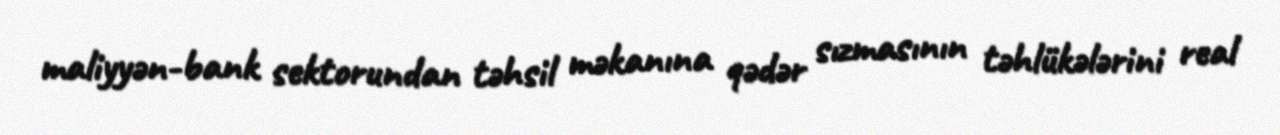
maliyyən-bank sektorundan təhsil məkanına qədər sızmasının təhlükələrini real